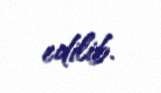
edilib.